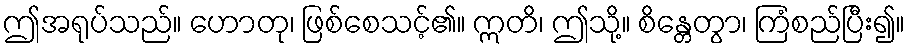
ဤအရုပ်သည်။ ဟောတု၊ ဖြစ်စေသင့်၏။ ဣတိ၊ ဤသို့။ စိန္တေတွာ၊ ကြံစည်ပြီး၍။